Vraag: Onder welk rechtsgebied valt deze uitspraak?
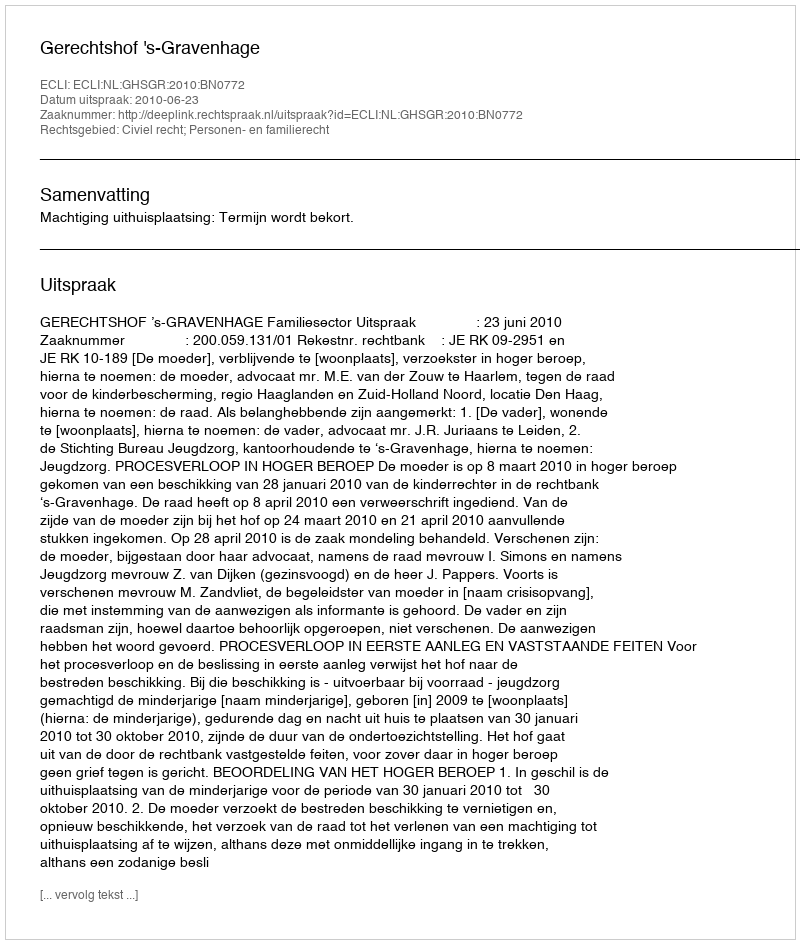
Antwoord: Civiel recht; Personen- en familierecht